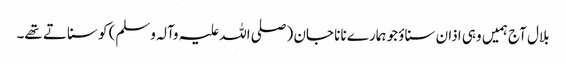
بلال آج ہمیں وہی اذان سناؤ جو ہمارے نانا جان (صلی اللہ علیہ وآلہ وسلم) کو سناتے تھے۔